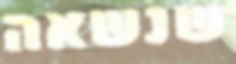
שנשאה